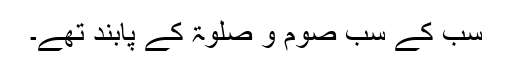
سب کے سب صوم و صلوٰۃ کے پابند تھے۔